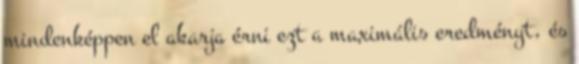
mindenképpen el akarja érni ezt a maximális eredményt, és